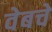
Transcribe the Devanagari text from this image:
वेबचे